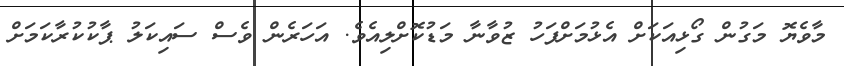
މާވެޔޮ މަގުން ގޯޅިއަކަށް އެޅުމަށްފަހު ޒުވާނާ މަޑުކޮށްލިއެވެ. އަހަރެން ވެސް ސައިކަލު ޕާކުކުރާކަމަށް